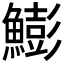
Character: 𩻬